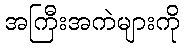
အကြီးအကဲများကို